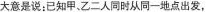
大意是说：已知甲，乙二人同时从同一地点出发，